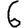
Digit: 6